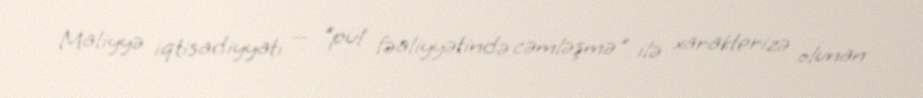
Maliyyə iqtisadiyyatı — "pul fəaliyyətində cəmləşmə" ilə xarakterizə olunan